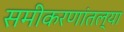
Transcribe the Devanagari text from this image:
समीकरणांतल्या